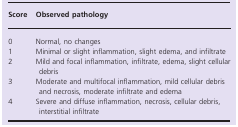
<table><thead><tr><td><b>Score</b></td><td><b>Observed pathology</b></td></tr></thead><tbody><tr><td>0</td><td>Normal, no changes</td></tr><tr><td>1</td><td>Minimal or slight inflammation, slight edema, and infiltrate</td></tr><tr><td>2</td><td>Mild and focal inflammation, infiltrate, edema, slight cellular debris</td></tr><tr><td>3</td><td>Moderate and multifocal inflammation, mild cellular debris and necrosis, moderate infiltrate and edema</td></tr><tr><td>4</td><td>Severe and diffuse inflammation, necrosis, cellular debris, interstitial infiltrate</td></tr></tbody></table>